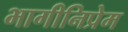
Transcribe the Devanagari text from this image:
भागीनिप्रेम